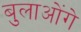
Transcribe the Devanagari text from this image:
बुलाओंगे